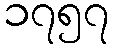
၁၇၅၇